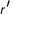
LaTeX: \scriptstyle { r ^ { \prime } }